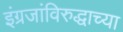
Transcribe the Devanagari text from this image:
इंग्रजांविरुद्धाच्या